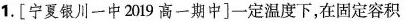
1.[宁夏银川一中2019高一期中]一定温度下，在固定容积